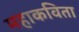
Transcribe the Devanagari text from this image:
महाकविता